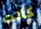
كانت